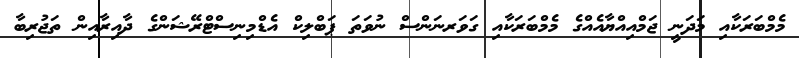
މެމްބަރަކާއި މަދަނީ ޖަމްއިއްޔާއެއްގެ މެމްބަރަކާއި ގަވަރނަންސް ނުވަތަ ޕަބްލިކް އެޑްމިނިސްޓްރޭޝަންގެ ދާއިރާއިން ތަޖުރިބާ